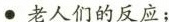
·老人们的反应；